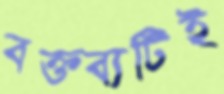
বক্তব্যটিই